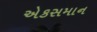
એકસમાન